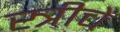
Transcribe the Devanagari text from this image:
स्त्रीचें